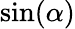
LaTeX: \sin(\alpha)